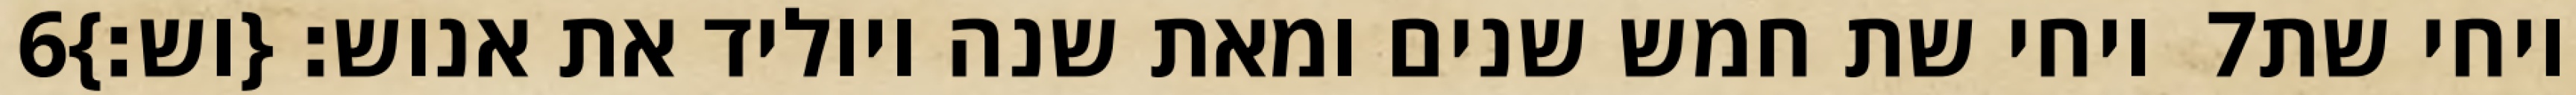
‎6‏ ויחי שת חמש שנים ומאת שנה ויוליד את אנוש׃ {וש׃} ‎7‏ ויחי שת